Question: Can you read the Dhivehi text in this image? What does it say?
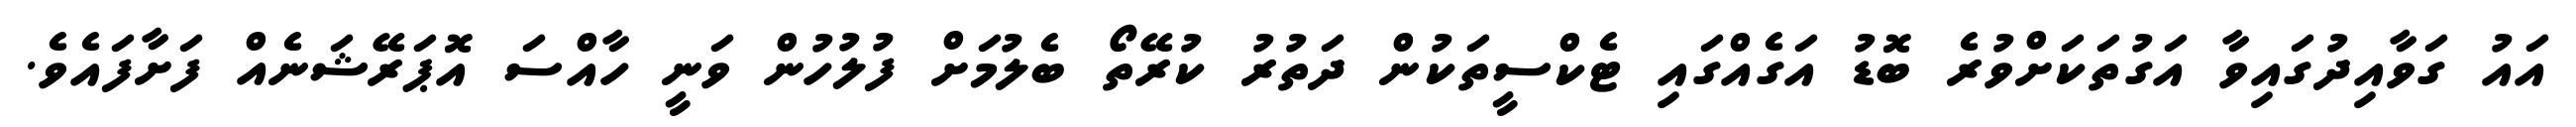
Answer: އައު ގަވާއިދުގައިވާ އަގުތަކަށްވުރެ ބޮޑު އަގެއްގައި ޓެކްސީތަކުން ދަތުރު ކުރޭތޯ ބެލުމަށް ފުލުހުން ވަނީ ހާއްސަ އޮޕަރޭޝަނެއް ފަށާފައެވެ.